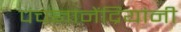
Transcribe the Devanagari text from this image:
पंचज्ञानेंद्रियांनी